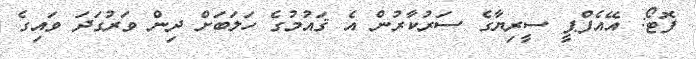
ފޮޓޯ: އޭއެފްޕީ ސީރިޔާގެ ސަރުކާރުން އެ ޤައުމުގެ ހަލަބަށް ދިން ވަރުގަދަ ވައިގެ